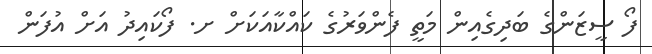
ފޯ ސީޒަންގެ ބަދިގެއިން މަތީ ފެންވަރުގެ ކައްކާއަކަށް ށ. ފޯކައިދު އަށް އުފަން